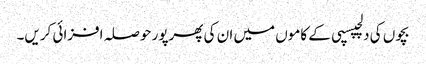
بچوں کی دلچپسپی کے کاموں میں ان کی پھرپور حوصلہ افزائی کریں۔